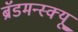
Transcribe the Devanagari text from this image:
ब्रॅडमन्स्क्यू